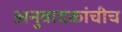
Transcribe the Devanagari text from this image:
अनुवादकांचीच